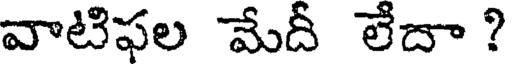
వాటిఫల మేదీ లేదా ?